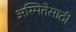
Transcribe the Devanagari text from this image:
अस्मितेसाठी